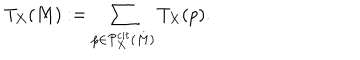
T _ { X } ( M ) : = \sum _ { p \in { \cal P } _ { X } ^ { c i t } ( M ) } T _ { X } ( p ) .